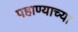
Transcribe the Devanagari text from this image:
पहाण्याच्या